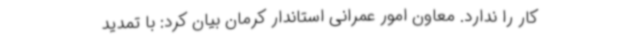
کار را ندارد. معاون امور عمرانی استاندار کرمان بیان کرد: با تمدید